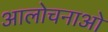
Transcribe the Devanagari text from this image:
आलोचनाओ